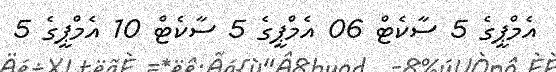
އެމްޕީގެ 5 ސާކެޓް 06 އެމްޕީގެ 5 ސާކެޓް 10 އެމްޕީގެ 5